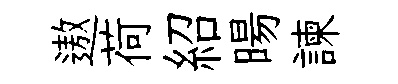
遨荷紹暘諫